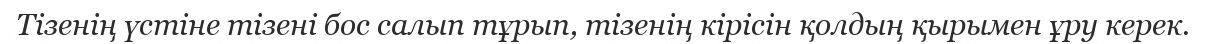
Тізенің үстіне тізені бос салып тұрып, тізенің кірісін қолдың қырымен ұру керек.